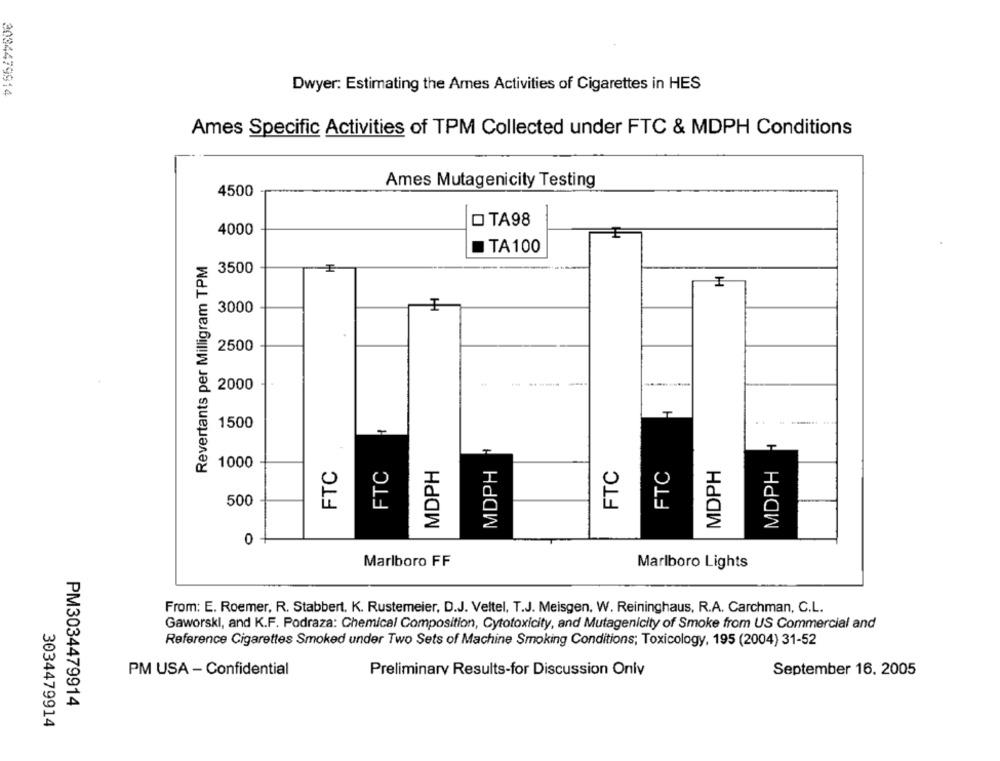
3034479914
Dwyer: Estimating the Ames Activities of Cigarettes in HES
Ames Specific Activities of TPM Collected under FTC & MDPH Conditions
Ames Mutagenicity Testing
4500
D TA98
4000
TA 100
Revertants per Milligram TPM
3500
3000
2500
2000
------
T
1500
..----
-
1000
FTC
FTC
MDPH
MDPH
FTC
FTC
MDPH
MDPH
500
0
Marlboro FF
Marlboro Lights
From: E. Roemer, R. Stabbert. K. Rustemeier, D.J. Veltel, T.J. Meisgen. W. Reininghaus, R.A. Carchman, C.L.
Gaworski, and K.F. Podraza: Chemical Composition, Cytotoxicity, and Mutagenicity of Smoke from US Commercial and
Reference Cigarettes Smoked under Two Sets of Machine Smoking Conditions; Toxicology, 195 (2004) 31-52
PM USA - Confidential
Preliminary Results-for Discussion Onlv
September 16. 2005
PM3034479914
3034479914